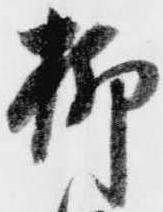
柳